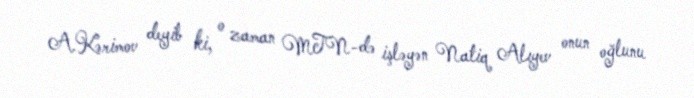
A.Kərimov deyib ki, o zaman MTN-də işləyən Natiq Alıyev onun oğlunu